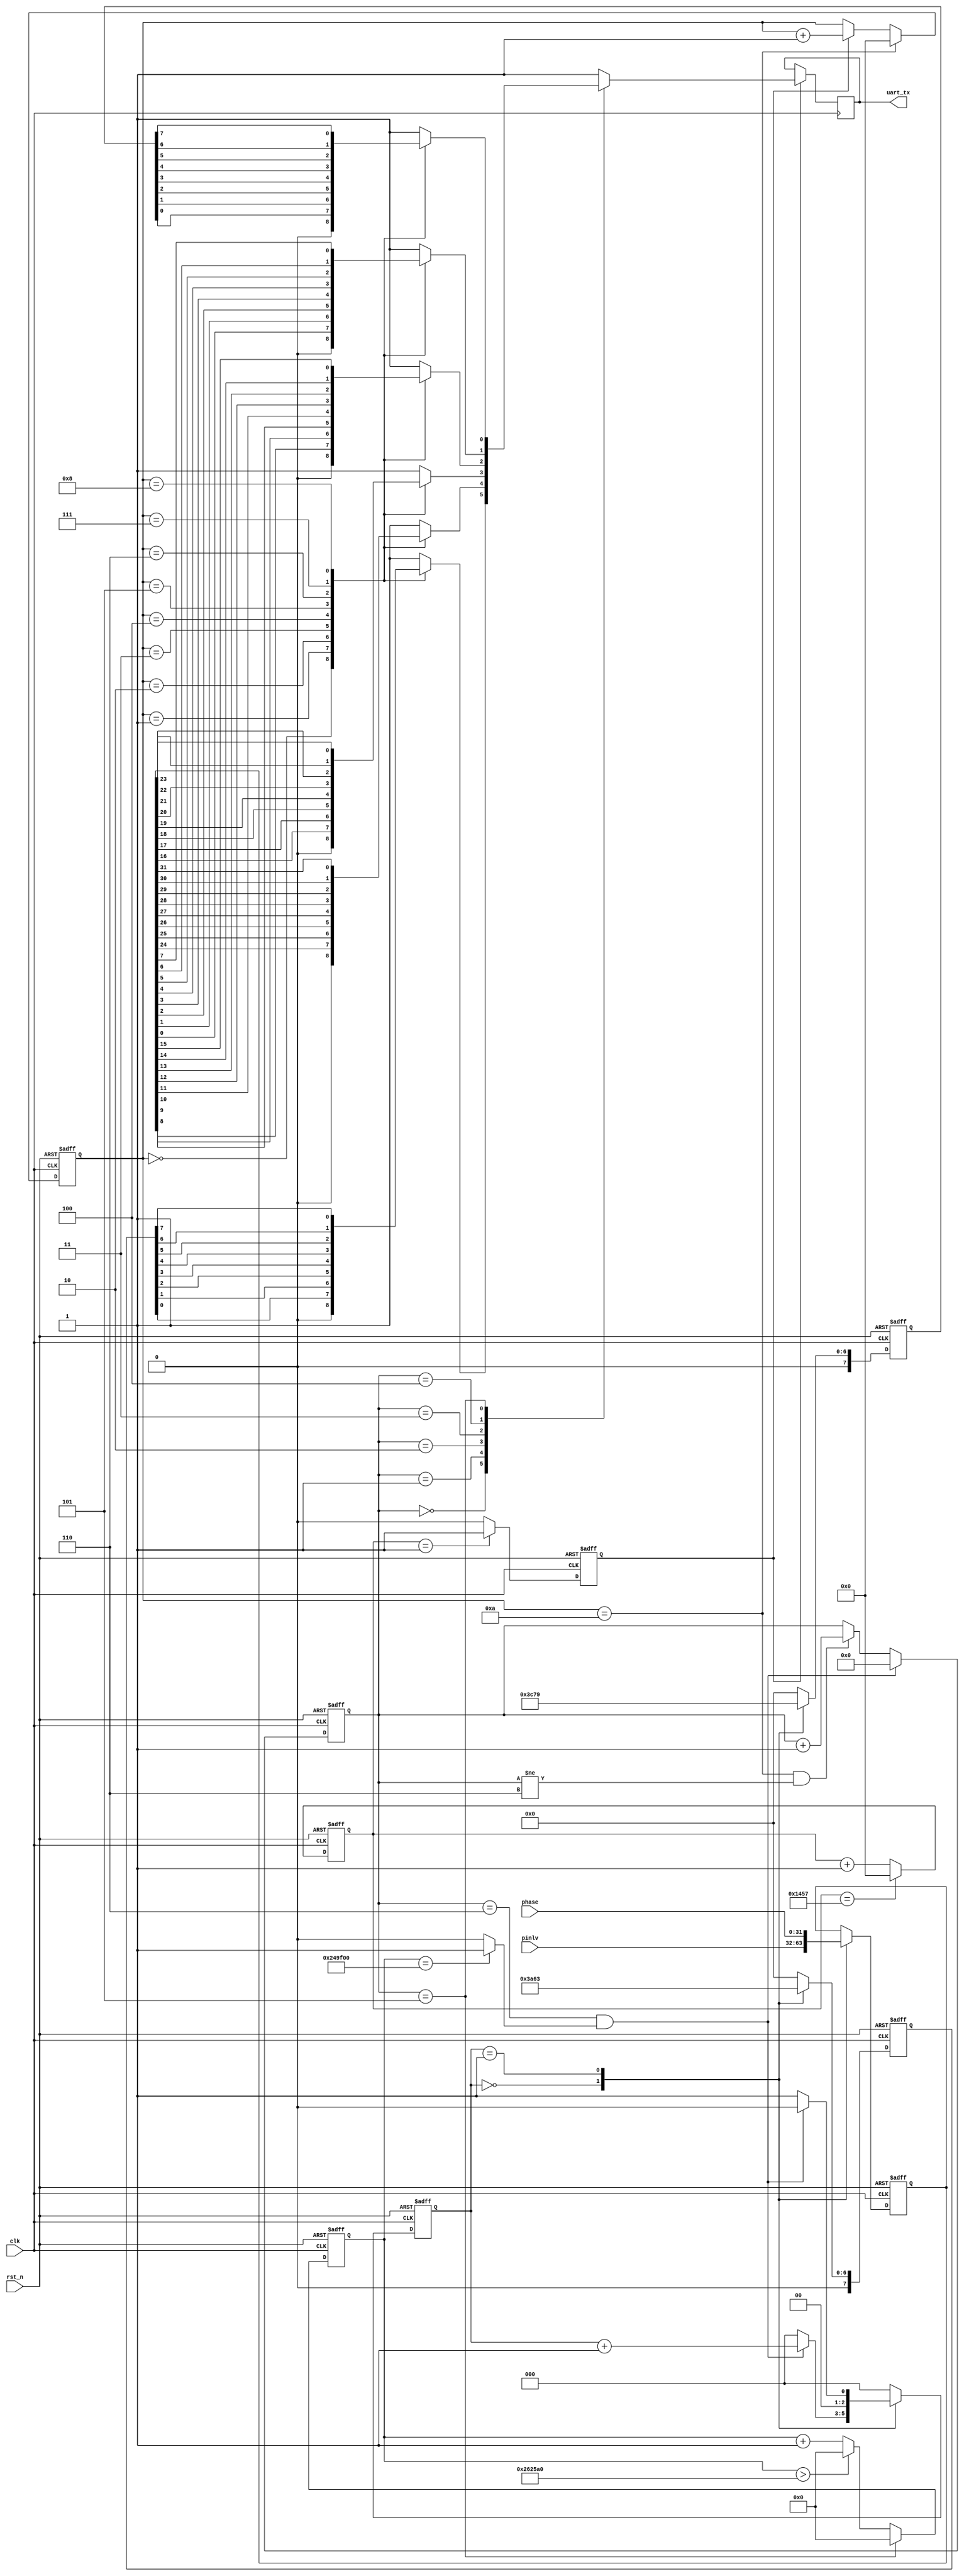
module tx
(
	//global clock
	input					clk,			//system clock
	input					rst_n,     		//sync reset
	
	//XXX interface
	output		reg			uart_tx,   	//

	//user interface

	input			[31:0]	pinlv,		//
	input			[31:0]	phase
	
); 


//--------------------------------
//Funtion : 波特率选择              

parameter	BPS_9600 = 5208;
//parameter	BPS_9600 = 10;
//count for bps_clk
reg		[14:0]		cnt_bps_clk;
always @(posedge clk or negedge rst_n)
begin
	if(!rst_n)
		cnt_bps_clk <= 1'b0;
	else if(cnt_bps_clk == BPS_9600 - 1)
		cnt_bps_clk <= 1'b0;
	else
		cnt_bps_clk <= cnt_bps_clk + 1;
end

//--------------------------------
//Funtion : wait

reg		[31:0]		cnt_bps_stop;
wire				stop_done;
wire				fresh_uart;
always @(posedge clk or negedge rst_n)
begin
	if(!rst_n)
		cnt_bps_stop <= 0;
	else if(state == STOP)
		cnt_bps_stop <= 0;
	else if(cnt_bps_stop > 25_000_00)
		cnt_bps_stop <= 0;
	else
		cnt_bps_stop <= cnt_bps_stop + 1;

end
assign	stop_done = (cnt_bps_stop == 24_000_00) ? 1 : 0;
assign	fresh_uart = (cnt_bps_stop == 20_000_00) ? 1 : 0;

//--------------------------------
//Funtion : wait
reg					bps_clk;
always @(posedge clk or negedge rst_n)
begin
	if(!rst_n)
		bps_clk <= 1'b0;
	else if(cnt_bps_clk == 1)
		bps_clk <= 1'b1;
	else
		bps_clk <= 1'b0;
end


//--------------------------------
//Funtion : 每一帧共10位数据
reg		[14:0]		bps_cnt;
always @(posedge clk or negedge rst_n)
begin
	if(!rst_n)
		bps_cnt <= 1'b0;
	else if(bps_cnt == 10)
		bps_cnt <= 0;
	else if(bps_clk)
		bps_cnt <= bps_cnt + 1'b1;
	else
		bps_cnt <= bps_cnt;
end


//--------------------------------
//Funtion : tx state
localparam	IDLE		=	4'd0;
localparam	TX_1		=	4'd1;
localparam	TX_2		=	4'd2;
localparam	TX_3		=	4'd3;
localparam	TX_4		=	4'd4;
localparam	STOP		=	4'd5;
localparam	STOP_1		=	4'd6;
//cnt state
reg		[3:0]		state;
always @(posedge clk or negedge rst_n)
begin
	if(!rst_n)
		state <= IDLE;
	else if(state == STOP_1 && stop_done)
		state <= IDLE;
	else if(bps_cnt == 10 && (state != STOP_1))
		state <= state + 1;
end


// state tx
always @(posedge clk )
begin
	if(bps_clk)
	begin
		case(state)
		IDLE :   // 't'  di -- gao
		begin
			case(bps_cnt)
			4'd0 	: uart_tx <= 0; //begin
			
			4'd1 	: uart_tx <= uart_begin[0];//data
			4'd2 	: uart_tx <= uart_begin[1];
			4'd3 	: uart_tx <= uart_begin[2];
			4'd4 	: uart_tx <= uart_begin[3];
			4'd5 	: uart_tx <= uart_begin[4];
			4'd6	: uart_tx <= uart_begin[5];
			4'd7 	: uart_tx <= uart_begin[6];
			4'd8 	: uart_tx <= uart_begin[7];
			
			4'd9 	: uart_tx <= 1; //stop
			default : uart_tx <= 1;
			endcase
		end
		
		TX_1 : //tx_1byte
		begin
			case(bps_cnt)
			4'd0 : uart_tx <= 0; //begin
			
			4'd1 	: uart_tx <= uart_value[24];//data
			4'd2 	: uart_tx <= uart_value[25];
			4'd3 	: uart_tx <= uart_value[26];
			4'd4 	: uart_tx <= uart_value[27];
			4'd5 	: uart_tx <= uart_value[28];
			4'd6	: uart_tx <= uart_value[29];
			4'd7 	: uart_tx <= uart_value[30];
			4'd8 	: uart_tx <= uart_value[31];
			
			4'd9 	: uart_tx <= 1; //stop
			default : uart_tx <= 1;
			endcase		
		end
		
		TX_2 : //tx_1byte
		begin
			case(bps_cnt)
			4'd0 : uart_tx <= 0; //begin
			
			4'd1 	: uart_tx <= uart_value[16];//data
			4'd2 	: uart_tx <= uart_value[17];
			4'd3 	: uart_tx <= uart_value[18];
			4'd4 	: uart_tx <= uart_value[19];
			4'd5 	: uart_tx <= uart_value[20];
			4'd6	: uart_tx <= uart_value[21];
			4'd7 	: uart_tx <= uart_value[22];
			4'd8 	: uart_tx <= uart_value[23];
			
			4'd9 	: uart_tx <= 1; //stop
			default : uart_tx <= 1;
			endcase		
		end	


		TX_3 : //tx_1byte
		begin
			case(bps_cnt)
			4'd0 : uart_tx <= 0; //begin
			
			4'd1 	: uart_tx <= uart_value[8];//data
			4'd2 	: uart_tx <= uart_value[9];
			4'd3 	: uart_tx <= uart_value[10];
			4'd4 	: uart_tx <= uart_value[11];
			4'd5 	: uart_tx <= uart_value[12];
			4'd6	: uart_tx <= uart_value[13];
			4'd7 	: uart_tx <= uart_value[14];
			4'd8 	: uart_tx <= uart_value[15];
			
			4'd9 	: uart_tx <= 1; //stop
			default : uart_tx <= 1;
			endcase				
		end	

		TX_4 : //tx_1byte
		begin
			case(bps_cnt)
			4'd0 : uart_tx <= 0; //begin
			
			4'd1 	: uart_tx <= uart_value[0];//data
			4'd2 	: uart_tx <= uart_value[1];
			4'd3 	: uart_tx <= uart_value[2];
			4'd4 	: uart_tx <= uart_value[3];
			4'd5 	: uart_tx <= uart_value[4];
			4'd6	: uart_tx <= uart_value[5];
			4'd7 	: uart_tx <= uart_value[6];
			4'd8 	: uart_tx <= uart_value[7];
			
			4'd9 	: uart_tx <= 1; //stop
			default : uart_tx <= 1;
			endcase					
		end
		
		STOP :   // 'x'  di -- gao
		begin
			case(bps_cnt)
			4'd0 : uart_tx <= 0; //begin
			
			4'd1 	: uart_tx <= uart_end[0];//data
			4'd2 	: uart_tx <= uart_end[1];
			4'd3 	: uart_tx <= uart_end[2];
			4'd4 	: uart_tx <= uart_end[3];
			4'd5 	: uart_tx <= uart_end[4];
			4'd6	: uart_tx <= uart_end[5];
			4'd7 	: uart_tx <= uart_end[6];
			4'd8 	: uart_tx <= uart_end[7];
			
			4'd9 	: uart_tx <= 1; //stop
			default : uart_tx <= 1;
			endcase
		end
		
		STOP_1 :
		begin
			uart_tx <= 1;
		end
		
		default :
			uart_tx <= 1;
		endcase
	end
	else
		uart_tx <= uart_tx;

end

//--------------------------------
//Funtion : 发送两种数据的顺序
	
reg		[2:0]	state_order;
reg		[31:0]	uart_value;
reg		[7:0]	uart_begin;
reg		[7:0]	uart_end;
always @(posedge clk or negedge rst_n)
begin
	if(!rst_n)
		state_order <= 0;
	else 
	case(state_order)
	
	3'd0 :
	begin
		if(state == STOP_1 && stop_done)
			state_order <= state_order + 1;
		else
			state_order <= 0;
	end
	
	3'd1 :
	begin
		if(state == STOP_1 && stop_done)
			state_order <= 0;
		else
			state_order <= 1;
	end

	default :
		state_order <= 0;
	
	endcase
end


//--------------------------------
//Funtion : 标志位
//pinlv
//t    74
//x	   78
//phase
//c    63
//y    79
always @(posedge clk or negedge rst_n)
begin
	if(!rst_n)
	begin
		uart_begin <= 8'h0;
		uart_end   <= 8'h0;
	end
	else 
	case(state_order)
	
	3'd0 :
	begin
		begin
			uart_begin <= 8'h74;
			uart_end   <= 8'h78;
		end
	end
	
	3'd1 :
	begin
		begin
			uart_begin <= 8'h63;
			uart_end   <= 8'h79;
		end
	end
	
	default :
		begin
			uart_begin <= 8'h0;
			uart_end   <= 8'h0;
		end
	
	endcase
end

//--------------------------------
//Funtion : 频率和相位

always @(posedge clk or negedge rst_n)
begin
	if(!rst_n)
		uart_value <= 0;
	else
	case(state_order)
	3'd0 : uart_value <= pinlv;
	3'd1 : uart_value <= phase;
	default : ;
	endcase
end


       














endmodule